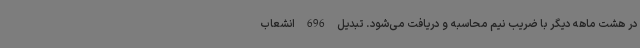
در هشت ماهه دیگر با ضریب نیم محاسبه و دریافت می‌شود. تبدیل 696 انشعاب